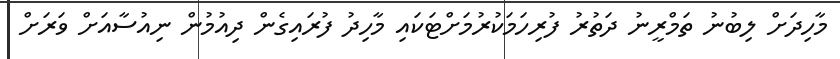
މާހިދަށް ލިބުނު ތަމްރީނު ދަތުރު ފުރިހަމަކުރުމަށްޓަކައި މާހިދު ފުރައިގެން ދިއުމުން ނިއުސާއަށް ވަރަށް